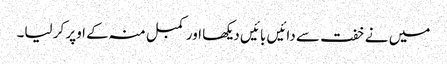
میں نے خفت سے دائیں بائیں دیکھا اور کمبل منہ کے اوپر کر لیا۔